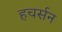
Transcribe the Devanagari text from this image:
हचर्सन